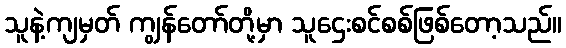
သူနဲ့ကျမှတ် ကျွန်တော်တို့မှာ သူဌေးစင်စစ်ဖြစ်တော့သည်။